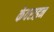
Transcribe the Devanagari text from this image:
केवराइन